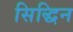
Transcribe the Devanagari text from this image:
सिद्धिन